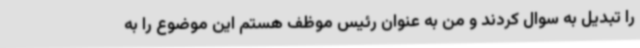
را تبدیل به سوال کردند و من به عنوان رئیس موظف هستم این موضوع را به